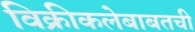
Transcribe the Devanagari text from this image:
विक्रीकलेबाबतची